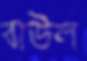
বাউল